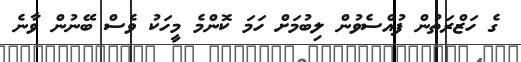
ގެ ހަޒްރަތުން ފުއްސެވުން ލިބުމަށް ހަމަ ކޮންމެ މީހަކު ވެސް ބޭނުން ވާނެ